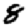
Digit: 8